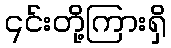
၎င်းတို့ကြားရှိ